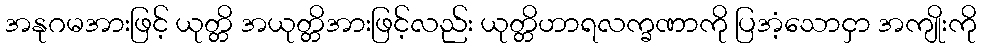
အနုဂမအားဖြင့် ယုတ္တိ အယုတ္တိအားဖြင့်လည်း ယုတ္တိဟာရလက္ခဏာကို ပြအံ့သောငှာ အကျိုးကို